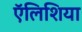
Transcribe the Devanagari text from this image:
ऍलिशिया